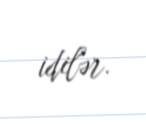
idilər.